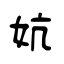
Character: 妔